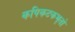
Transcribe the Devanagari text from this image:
कपिकटकभृतो